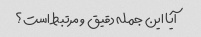
آیا این جمله دقیق و مرتبط است؟